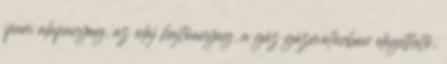
ipari alapanyag, az olaj hajtóanyag, a gáz gázmotorban elégethető,